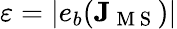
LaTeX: \varepsilon=|e_{b}(\mathbf{J}_{\mathrm{~M~S~}})|